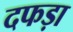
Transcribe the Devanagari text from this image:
दफड़ा